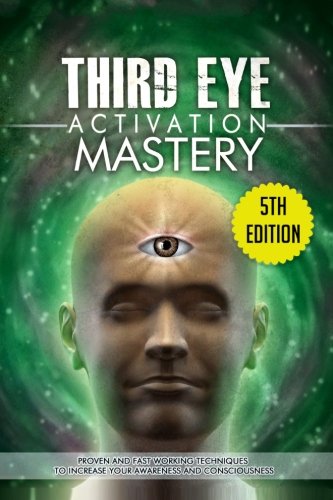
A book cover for Third Eye Activation Mastery: Proven And Fast Working Techniques To Increase Awareness And Consciousness; L. Jordan; Religion & Spirituality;